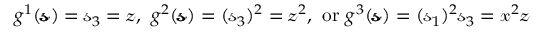
\begin{array} { r } { g ^ { 1 } ( \pmb { \mathscr { s } } ) = \mathscr { s } _ { 3 } = \mathscr { z } , \mathrm { ~ } g ^ { 2 } ( \pmb { \mathscr { s } } ) = ( \mathscr { s } _ { 3 } ) ^ { 2 } = \mathscr { z } ^ { 2 } , \mathrm { ~ o r ~ } g ^ { 3 } ( \pmb { \mathscr { s } } ) = ( \mathscr { s } _ { 1 } ) ^ { 2 } \mathscr { s } _ { 3 } = \mathscr { x } ^ { 2 } \mathscr { z } } \end{array}